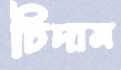
চিদাম